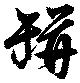
缾